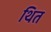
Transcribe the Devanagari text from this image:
थित